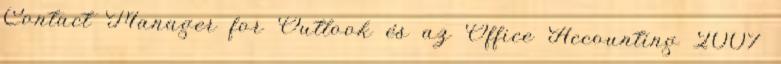
Contact Manager for Outlook és az Office Accounting 2007